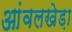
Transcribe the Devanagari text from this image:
आंवलखेड़ा